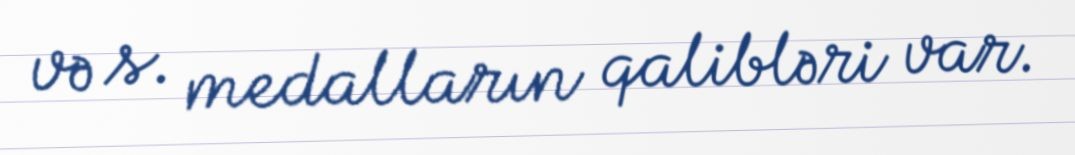
və s. medalların qalibləri var.